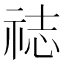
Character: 䄊